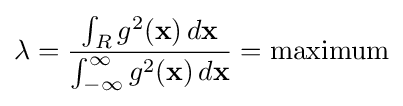
\lambda ={\frac {\int _{R}g^{2}(\mathbf {x} )\,d\mathbf {x} }{\int _{-\infty }^{\infty }g^{2}(\mathbf {x} )\,d\mathbf {x} }}={\mbox{maximum}}